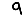
Digit: 9